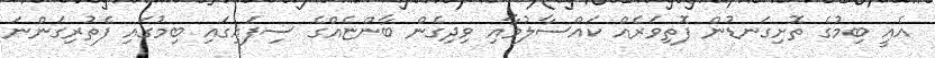
އެއީ ބިމުގެ ތޮށިގަނޑުން ފޮތިވަރެއް ކައްސާލުމާއި ވިދިގެން ބާންޏެއްގެ ސިފައިގައި ބިމުގައި ފެތުރިގަންނަ